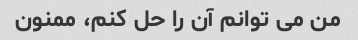
من می توانم آن را حل کنم، ممنون